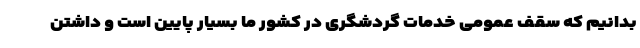
بدانیم که سقف عمومی خدمات گردشگری در کشور ما بسیار پایین است و داشتن